Veterinary regulations India, 1925 -
Year: 1925
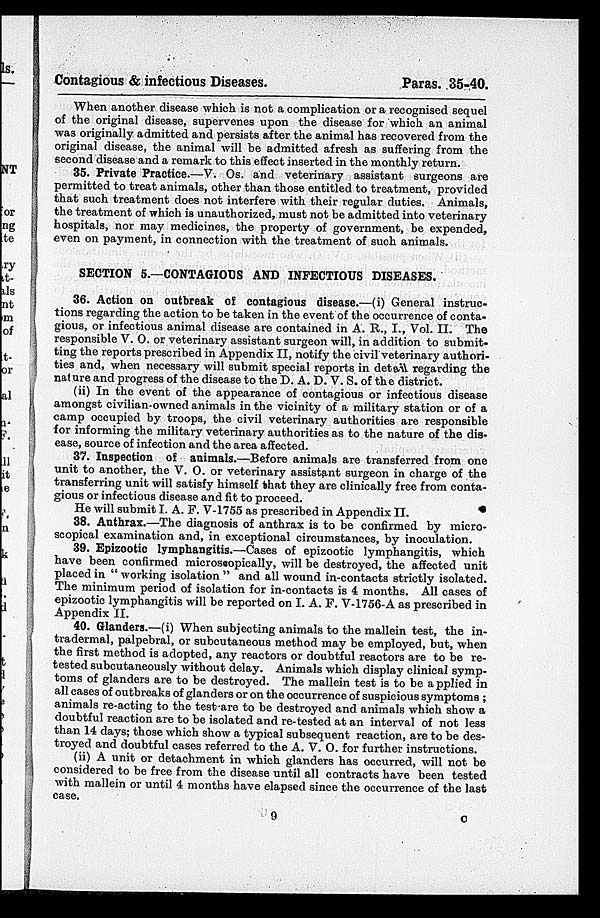
Contagious & infectious Diseases.
Paras. 35-40.
When another disease which is not a complication or a recognised sequel
of the original disease, supervenes upon the disease for which an animal
was originally admitted and persists after the animal has recovered from the
original disease, the animal will be admitted afresh as suffering from the
second disease and a remark to this effect inserted in the monthly return.
35. Private Practice.—V. Os. and veterinary assistant surgeons are
permitted to treat animals, other than those entitled to treatment, provided
that such treatment does not interfere with their regular duties. Animals,
the treatment of which is unauthorized, must not be admitted into veterinary
hospitals, nor may medicines, the property of government, be expended,
even on payment, in connection with the treatment of such animals.
SECTION 5.—CONTAGIOUS AND INFECTIOUS DISEASES.
36. Action on outbreak of contagious disease.—(i) General instruc-
tions regarding the action to be taken in the event of the occurrence of conta-
gious, or infectious animal disease are contained in A. R., I., Vol. II. The
responsible V. O. or veterinary assistant surgeon will, in addition to submit-
ting the reports prescribed in Appendix II, notify the civil veterinary authori-
ties and, when necessary will submit special reports in detail regarding the
nature and progress of the disease to the D. A. D. V. S. of the district.
(ii) In the event of the appearance of contagious or infectious disease
amongst civilian-owned animals in the vicinity of a military station or of a
camp occupied by troops, the civil veterinary authorities are responsible
for informing the military veterinary authorities as to the nature of the dis-
ease, source of infection and the area affected.
37. Inspection of animals.—Before animals are transferred from one
unit to another, the V. O. or veterinary assistant surgeon in charge of the
transferring unit will satisfy himself that they are clinically free from conta-
gious or infectious disease and fit to proceed.
He will submit I. A. F. V-1755 as prescribed in Appendix II.
38. Anthrax.—The diagnosis of anthrax is to be confirmed by micro-
scopical examination and, in exceptional circumstances, by inoculation.
39. Epizootic lymphangitis.—Cases of epizootic lymphangitis, which
have been confirmed microscopically, will be destroyed, the affected unit
placed in " working isolation " and all wound in-contacts strictly isolated.
The minimum period of isolation for in-contacts is 4 months. All cases of
epizootic lymphangitis will be reported on I. A. F. V-1756-A as prescribed in
Appendix II.
40. Glanders.—(i) When subjecting animals to the mallein test, the in-
tradermal, palpebral, or subcutaneous method may be employed, but, when
the first method is adopted, any reactors or doubtful reactors are to be re-
tested subcutaneously without delay. Animals which display clinical symp-
toms of glanders are to be destroyed. The mallein test is to be applied in
all cases of outbreaks of glanders or on the occurrence of suspicious symptoms ;
animals re-acting to the test-are to be destroyed and animals which show a
doubtful reaction are to be isolated and re-tested at an interval of not less
than 14 days; those which show a typical subsequent reaction, are to be des-
troyed and doubtful cases referred to the A. V. O. for further instructions.
(ii) A unit or detachment in which glanders has occurred, will not be
considered to be free from the disease until all contracts have been tested
with mallein or until 4 months have elapsed since the occurrence of the last
case.
9
C